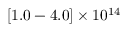
[ 1 . 0 - 4 . 0 ] \times 1 0 ^ { 1 4 }